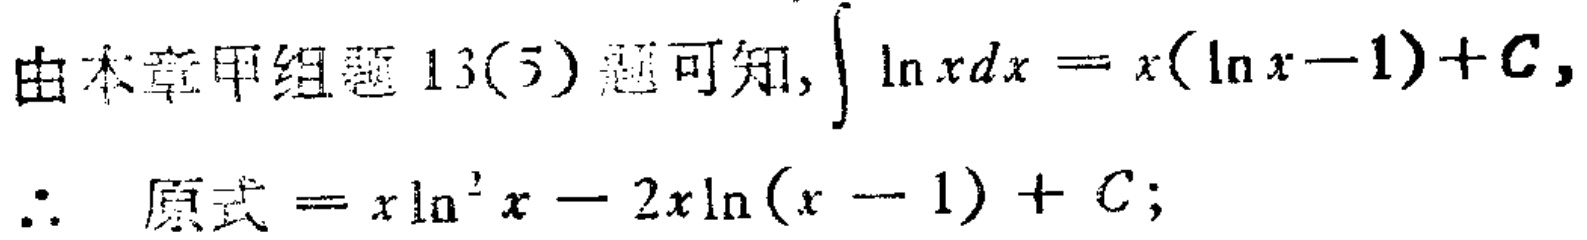
由本章甲组题 13(5) 题可知, \(\int \ln xdx = x(\ln x - 1)+C\),

\(\therefore\) 原式 \(= x\ln^{2}x - 2x\ln(x - 1)+C\);